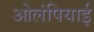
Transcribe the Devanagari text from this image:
ओलंपियाई